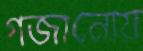
গজানোয়